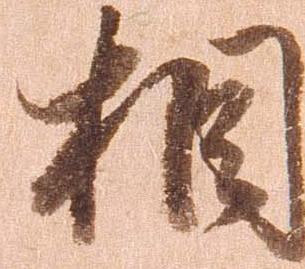
相